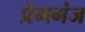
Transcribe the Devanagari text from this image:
प्रेमगंज